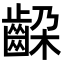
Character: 𬹵